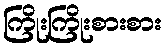
ကြိုးကြိုးစားစား